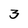
Character: 3